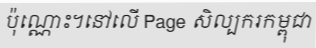
ប៉ុណ្ណោះ។នៅលើ Page សិល្បករកម្ពុជា